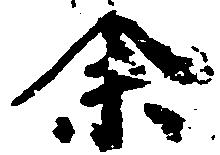
余